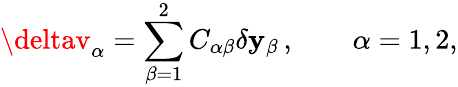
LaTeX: \deltav_{\alpha}=\sum_{\beta=1}^{2}C_{\alpha\beta}\delta\mathbf{y}_{\beta}\, ,\qquad\alpha=1,2,